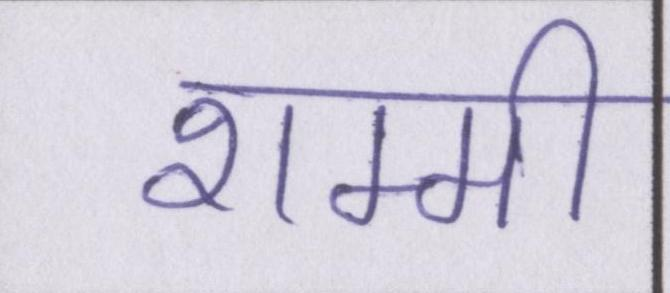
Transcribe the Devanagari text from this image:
शम्मी